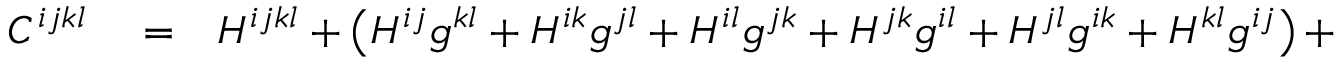
\begin{array} { r l r } { C ^ { i j k l } } & { { } = } & { H ^ { i j k l } + \left( H ^ { i j } g ^ { k l } + H ^ { i k } g ^ { j l } + H ^ { i l } g ^ { j k } + H ^ { j k } g ^ { i l } + H ^ { j l } g ^ { i k } + H ^ { k l } g ^ { i j } \right) + } \end{array}